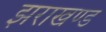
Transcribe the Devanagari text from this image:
झराखण्ड